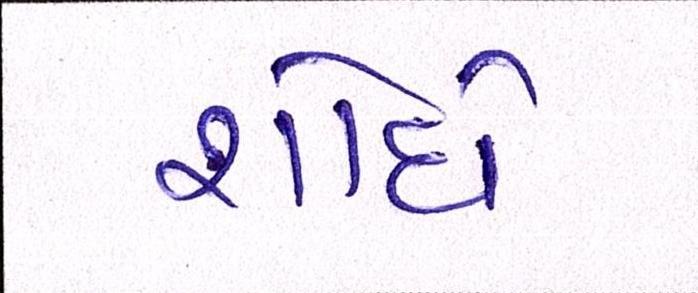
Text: શોધે